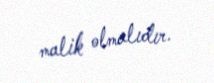
malik olmalıdır.